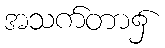
အသက်တာ၌